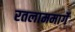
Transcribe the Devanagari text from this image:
रतलाममार्गे